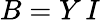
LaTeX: B=Y\, I